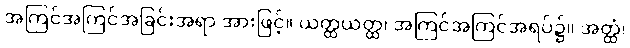
အကြင်အကြင်အခြင်းအရာ အားဖြင့်။ ယတ္ထယတ္ထ၊ အကြင်အကြင်အရပ်၌။ အတ္ထံ၊